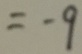
= - 9